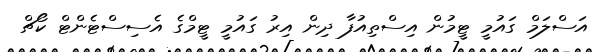
އަސްލަމް ގައުމީ ޓީމުން އިސްތިއުފާ ދިން އިރު ގައުމީ ޓީމްގެ އެސިސްޓެންޓް ކޯޗް